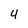
Character: 4